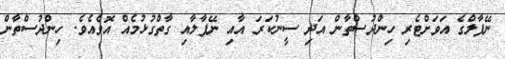
ނޭޕާލްގެ އަވަށްޓެރި ހިންދުސްތާން އަދި ސީނުކަރަ އާއި ނޭޕާލާއި ގާތްގުޅުމެއް އޮވެއެވެ. ހިންދުސްތާން